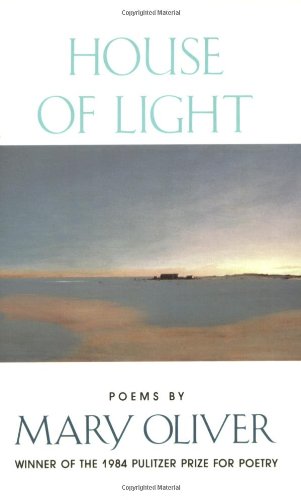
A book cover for House of Light; Mary Oliver; Literature & Fiction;